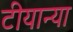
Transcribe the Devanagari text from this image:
टीयान्या